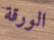
الورقة